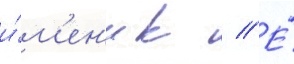
и́м'ен'и к // Е́